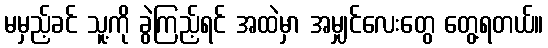
မမှည့်ခင် သူ့ကို ခွဲကြည့်ရင် အထဲမှာ အမျှင်လေးတွေ တွေ့ရတယ်။